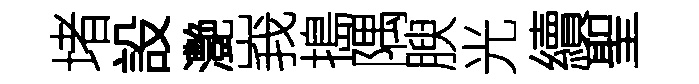
堵設灔峩搗隅腴光續聖